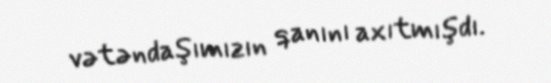
vətəndaşımızın qanını axıtmışdı.